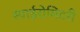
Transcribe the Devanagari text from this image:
स्पाईरोमिटरी